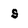
Character: s